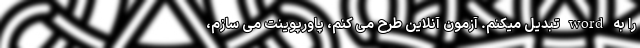
را به word تبدیل میکنم. آزمون آنلاین طرح می کنم، پاورپوینت می سازم،